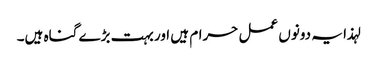
لہذا یہ دونوں عمل حرام ہیں اور بہت بڑے گناہ ہیں۔